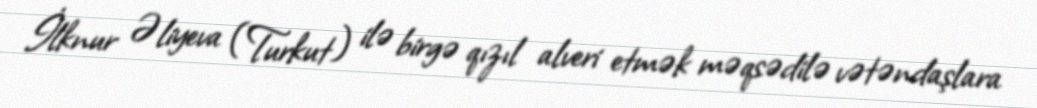
İlknur Əliyeva (Turkut) ilə birgə qızıl alveri etmək məqsədilə vətəndaşlara